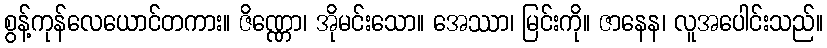
စွန့်ကုန်လေယောင်တကား။ ဇိဏ္ဏော၊ အိုမင်းသော။ အေဿာ၊ မြင်းကို။ ဇာနေန၊ လူအပေါင်းသည်။